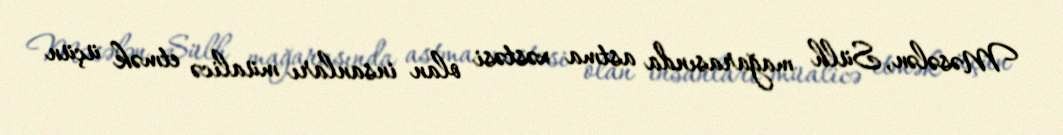
Məsələn, Sülh mağarasında astma xəstəsi olan insanları müalicə etmək üçün